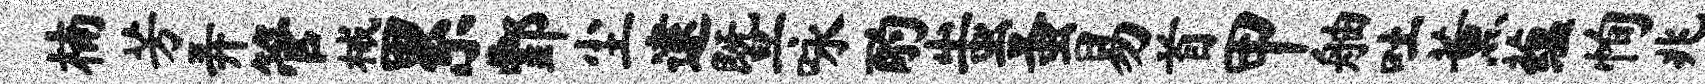
楠芳弄管械累酆尘逮暨咏酌蚩蚤易首甲舳吐薰蕴恂兆